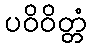
ပဝိဝိတ္တံ